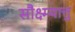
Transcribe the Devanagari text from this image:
सौक्ष्म्यात्तु